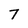
Character: 7